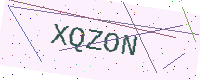
Text: XQZON